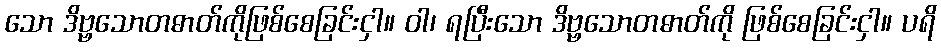
သော ဒိဗ္ဗသောတဓာတ်ကိုဖြစ်စေခြင်းငှါ။ ဝါ၊ ရပြီးသော ဒိဗ္ဗသောတဓာတ်ကို ဖြစ်စေခြင်းငှါ။ ပရိ